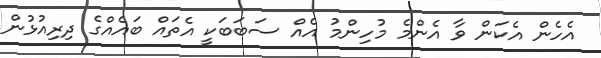
އެހެން އެކަން ވާ އެންމެ މުހިންމު އެއް ސަބަބަކީ އެތައް ބައެއްގެ ދިރިއުޅުން